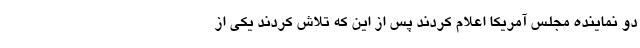
دو نماینده مجلس آمریکا اعلام کردند پس از این که تلاش کردند یکی از